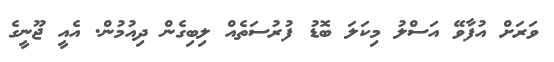
ވަރަށް އުފާވޭ އަސްލު މިކަލަ ބޮޑު ފުރުސަތެއް ލިބިގެން ދިއުމުން. އެއީ ޖޫނީގެ